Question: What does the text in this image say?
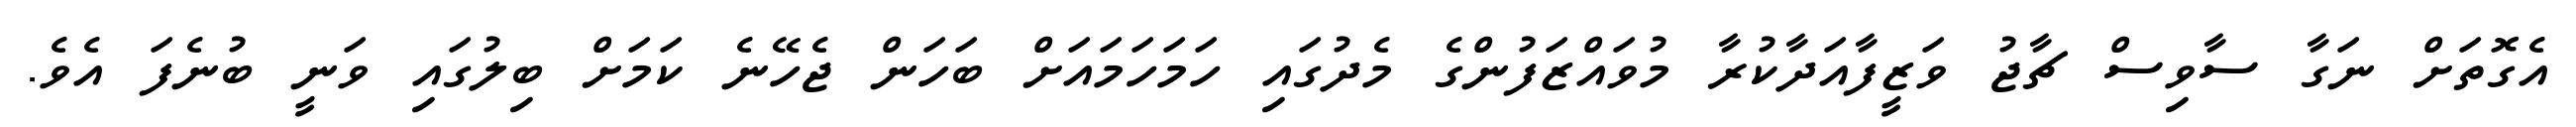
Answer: އެގޮތަށް ނަގާ ސާވިސް ޗާޖު ވަޒީފާއަދާކުރާ މުވައްޒަފުންގެ މެދުގައި ހަމަހަމައަށް ބަހަން ޖެހޭނެ ކަމަށް ބިލުގައި ވަނީ ބުނެފަ އެވެ.